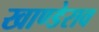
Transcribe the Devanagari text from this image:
खाण्डेराव